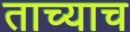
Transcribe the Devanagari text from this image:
ताच्याच